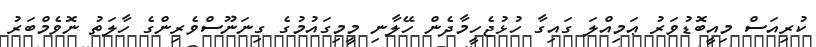
ކުރިއަސް މިއީބޮޑުވަރު ޢަމިއްލަ ގައިގާ ހުޅުޖެހީމާދެން ހޭލާނި މީމިގައުމުގެ ގިނަނޫސްވެރިންގެ ހާލަތު ނޮވެމްބަރު